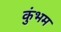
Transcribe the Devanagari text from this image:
कुंभम